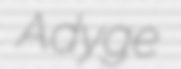
Adyge